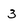
Character: 3